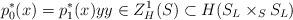
LaTeX: \begin{align*}p_0^*(x) = p_1^*(x) y y \in Z^1_H(S) \subset H(S_L \times_S S_L)\end{align*}